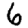
Digit: 6